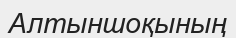
Алтыншоқының